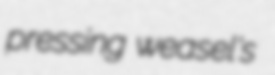
pressing weasel's